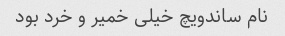
نام ساندویچ خیلی خمیر و خرد بود